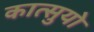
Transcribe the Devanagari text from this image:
कात्सुयो